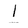
Character: l